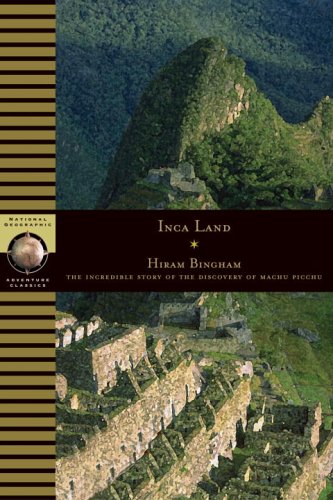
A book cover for Inca Land: Explorations in the Highlands of Peru (National Geographic Adventure Classics); Hiram Bingham; History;